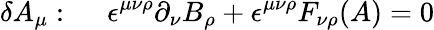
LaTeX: \delta A_{\mu}:~~~~~\epsilon^{\mu\nu\rho}\partial_{\nu}B_{\rho}+\epsilon^{\mu\nu\rho}F_{\nu\rho}(A)=0